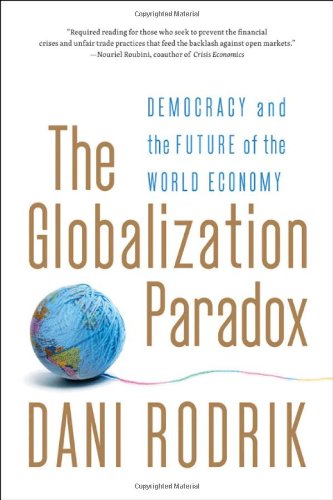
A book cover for The Globalization Paradox: Democracy and the Future of the World Economy; Dani Rodrik; Business & Money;